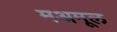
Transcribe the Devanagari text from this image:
मअमूल